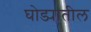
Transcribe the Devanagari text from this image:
घोड्यातील